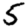
Digit: 5